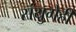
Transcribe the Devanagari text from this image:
संयुगेही